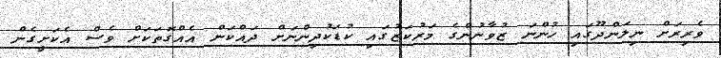
ވެރިރަށް ނިލަންދޫގައި ހުންނަ ޒުވާނުންގެ މަރުކަޒުގައި ކުޑަކުދިންނަށް ދައްކަން އެއްގޮތަކަށް ވެސް އެކަށީގެން